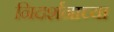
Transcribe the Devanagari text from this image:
निदर्शनाच्या